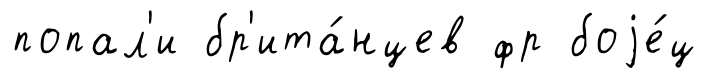
попал'и бр'ита́нцев фр боjе́ц